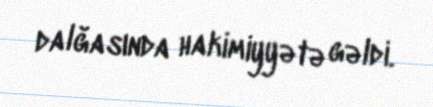
dalğasında hakimiyyətə gəldi.